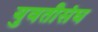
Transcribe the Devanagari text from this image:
युवतीसंघ